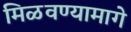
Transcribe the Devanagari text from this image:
मिळवण्यामागे